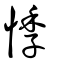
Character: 悸